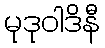
မုဒုဝါဒိနီ